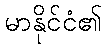
မာနိုင်ငံ၏